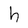
Character: h